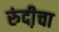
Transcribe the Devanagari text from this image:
रुंदी़चा